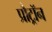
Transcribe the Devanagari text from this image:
प्रौट्रॉन